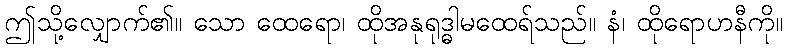
ဤသို့လျှောက်၏။ သော ထေရော၊ ထိုအနုရုဒ္ဓါမထေရ်သည်။ နံ၊ ထိုရောဟနီကို။